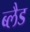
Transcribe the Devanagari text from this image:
ब्लैड